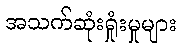
အသက်ဆုံးရှုံးမှုများ